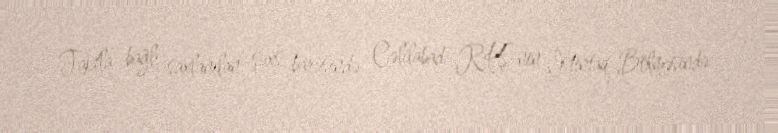
Faktla bağlı saxlanılan şəxs barəsində Cəlilabad RPŞ-nin İstintaq Bölməsində